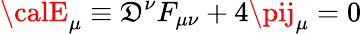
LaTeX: {\calE}_{\mu}\equiv\mathfrak{D}^{\nu}F_{\mu\nu}+4\pij_{\mu}=0